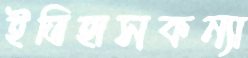
ইতিহাসকন্যা